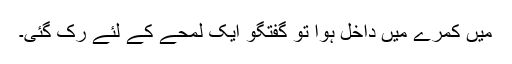
میں کمرے میں داخل ہوا تو گفتگو ایک لمحے کے لئے رک گئی۔